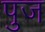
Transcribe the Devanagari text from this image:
पुज